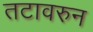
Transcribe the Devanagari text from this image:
तटावरुन